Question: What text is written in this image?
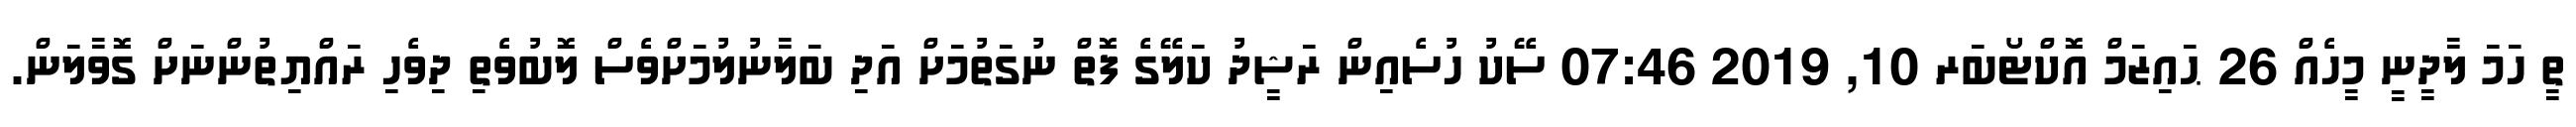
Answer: ތީ ހަމަ ލާދީނީ މީހެއް 26 ޙައިޒަމް އޮކްޓޯބަރ 10, 2019 07:46 ސޭކު ހުސެއިން ރަޝީދު ކަލޭގެ ފޮތް ނުގަތުމަށް އަދި ބަލާނުލުމަށްވެސް ލޮބުވެތި ދިވެހި ރައްޔިތުންނަށް ގޮވާލަން.